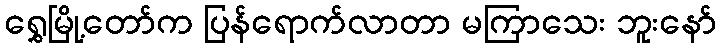
ရွှေမြို့တော်က ပြန်ရောက်လာတာ မကြာသေး ဘူးနော်